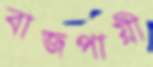
বাজপায়ী